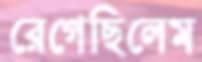
রেগেছিলেম